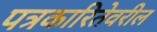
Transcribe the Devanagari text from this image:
पत्रकारितेवरील